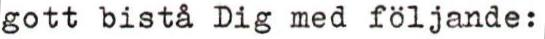
gott bistå Dig med följande: